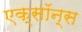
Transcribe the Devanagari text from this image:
एक्सॉन्स